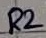
Text: R2